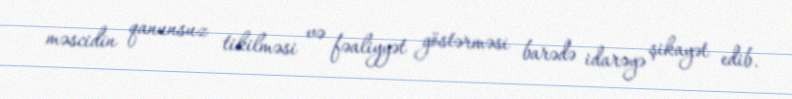
məscidin qanunsuz tikilməsi və fəaliyyət göstərməsi barədə idarəyə şikayət edib.